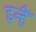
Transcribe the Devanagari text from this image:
इन्हैँ